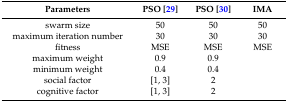
| Parameters | PSO [29] | PSO [30] | IMA |
 | --- | --- | --- | --- |
 | swarm size | 50 | 50 | 50 |
 | maximum iteration number | 30 | 30 | 30 |
 | fitness | MSE | MSE | MSE |
 | maximum weight | 0.9 | 0.9 |  |
 | minimum weight | 0.4 | 0.4 |  |
 | social factor | [1, 3] | 2 |  |
 | cognitive factor | [1, 3] | 2 |  |